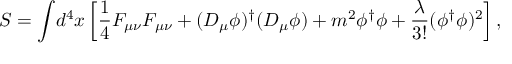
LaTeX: S = { \int } d ^ { 4 } x \left[ \frac { 1 } { 4 } F _ { \mu \nu } F _ { \mu \nu } + ( D _ { \mu } \phi ) ^ { \dag } ( D _ { \mu } \phi ) + m ^ { 2 } \phi ^ { \dag } \phi + \frac { \lambda } { 3 ! } ( \phi ^ { \dag } \phi ) ^ { 2 } \right] ,